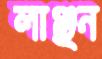
লাঞ্ছন